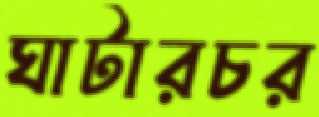
ঘাটারচর